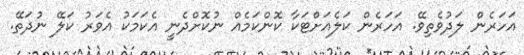
އަހަރެން ލަދުވެތިވޭ. އަހަރެން ކަލެއަށްޓަކާ ކޮންކަމެއް ނުކޮށްދެނީ އެކަމަކު އެވަރު ކަލޭ ނުދަތޭ.